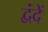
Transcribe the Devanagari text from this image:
द्वंदें